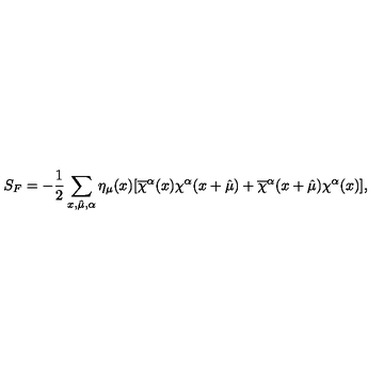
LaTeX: S _ { F } = - \frac { 1 } { 2 } \sum _ { x , \hat { \mu } , \alpha } \eta _ { \mu } ( x ) [ \overline { { \chi } } ^ { \alpha } ( x ) \chi ^ { \alpha } ( x + \hat { \mu } ) + \overline { { \chi } } ^ { \alpha } ( x + \hat { \mu } ) \chi ^ { \alpha } ( x ) ] ,